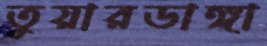
তুয়ারডাঙ্গা